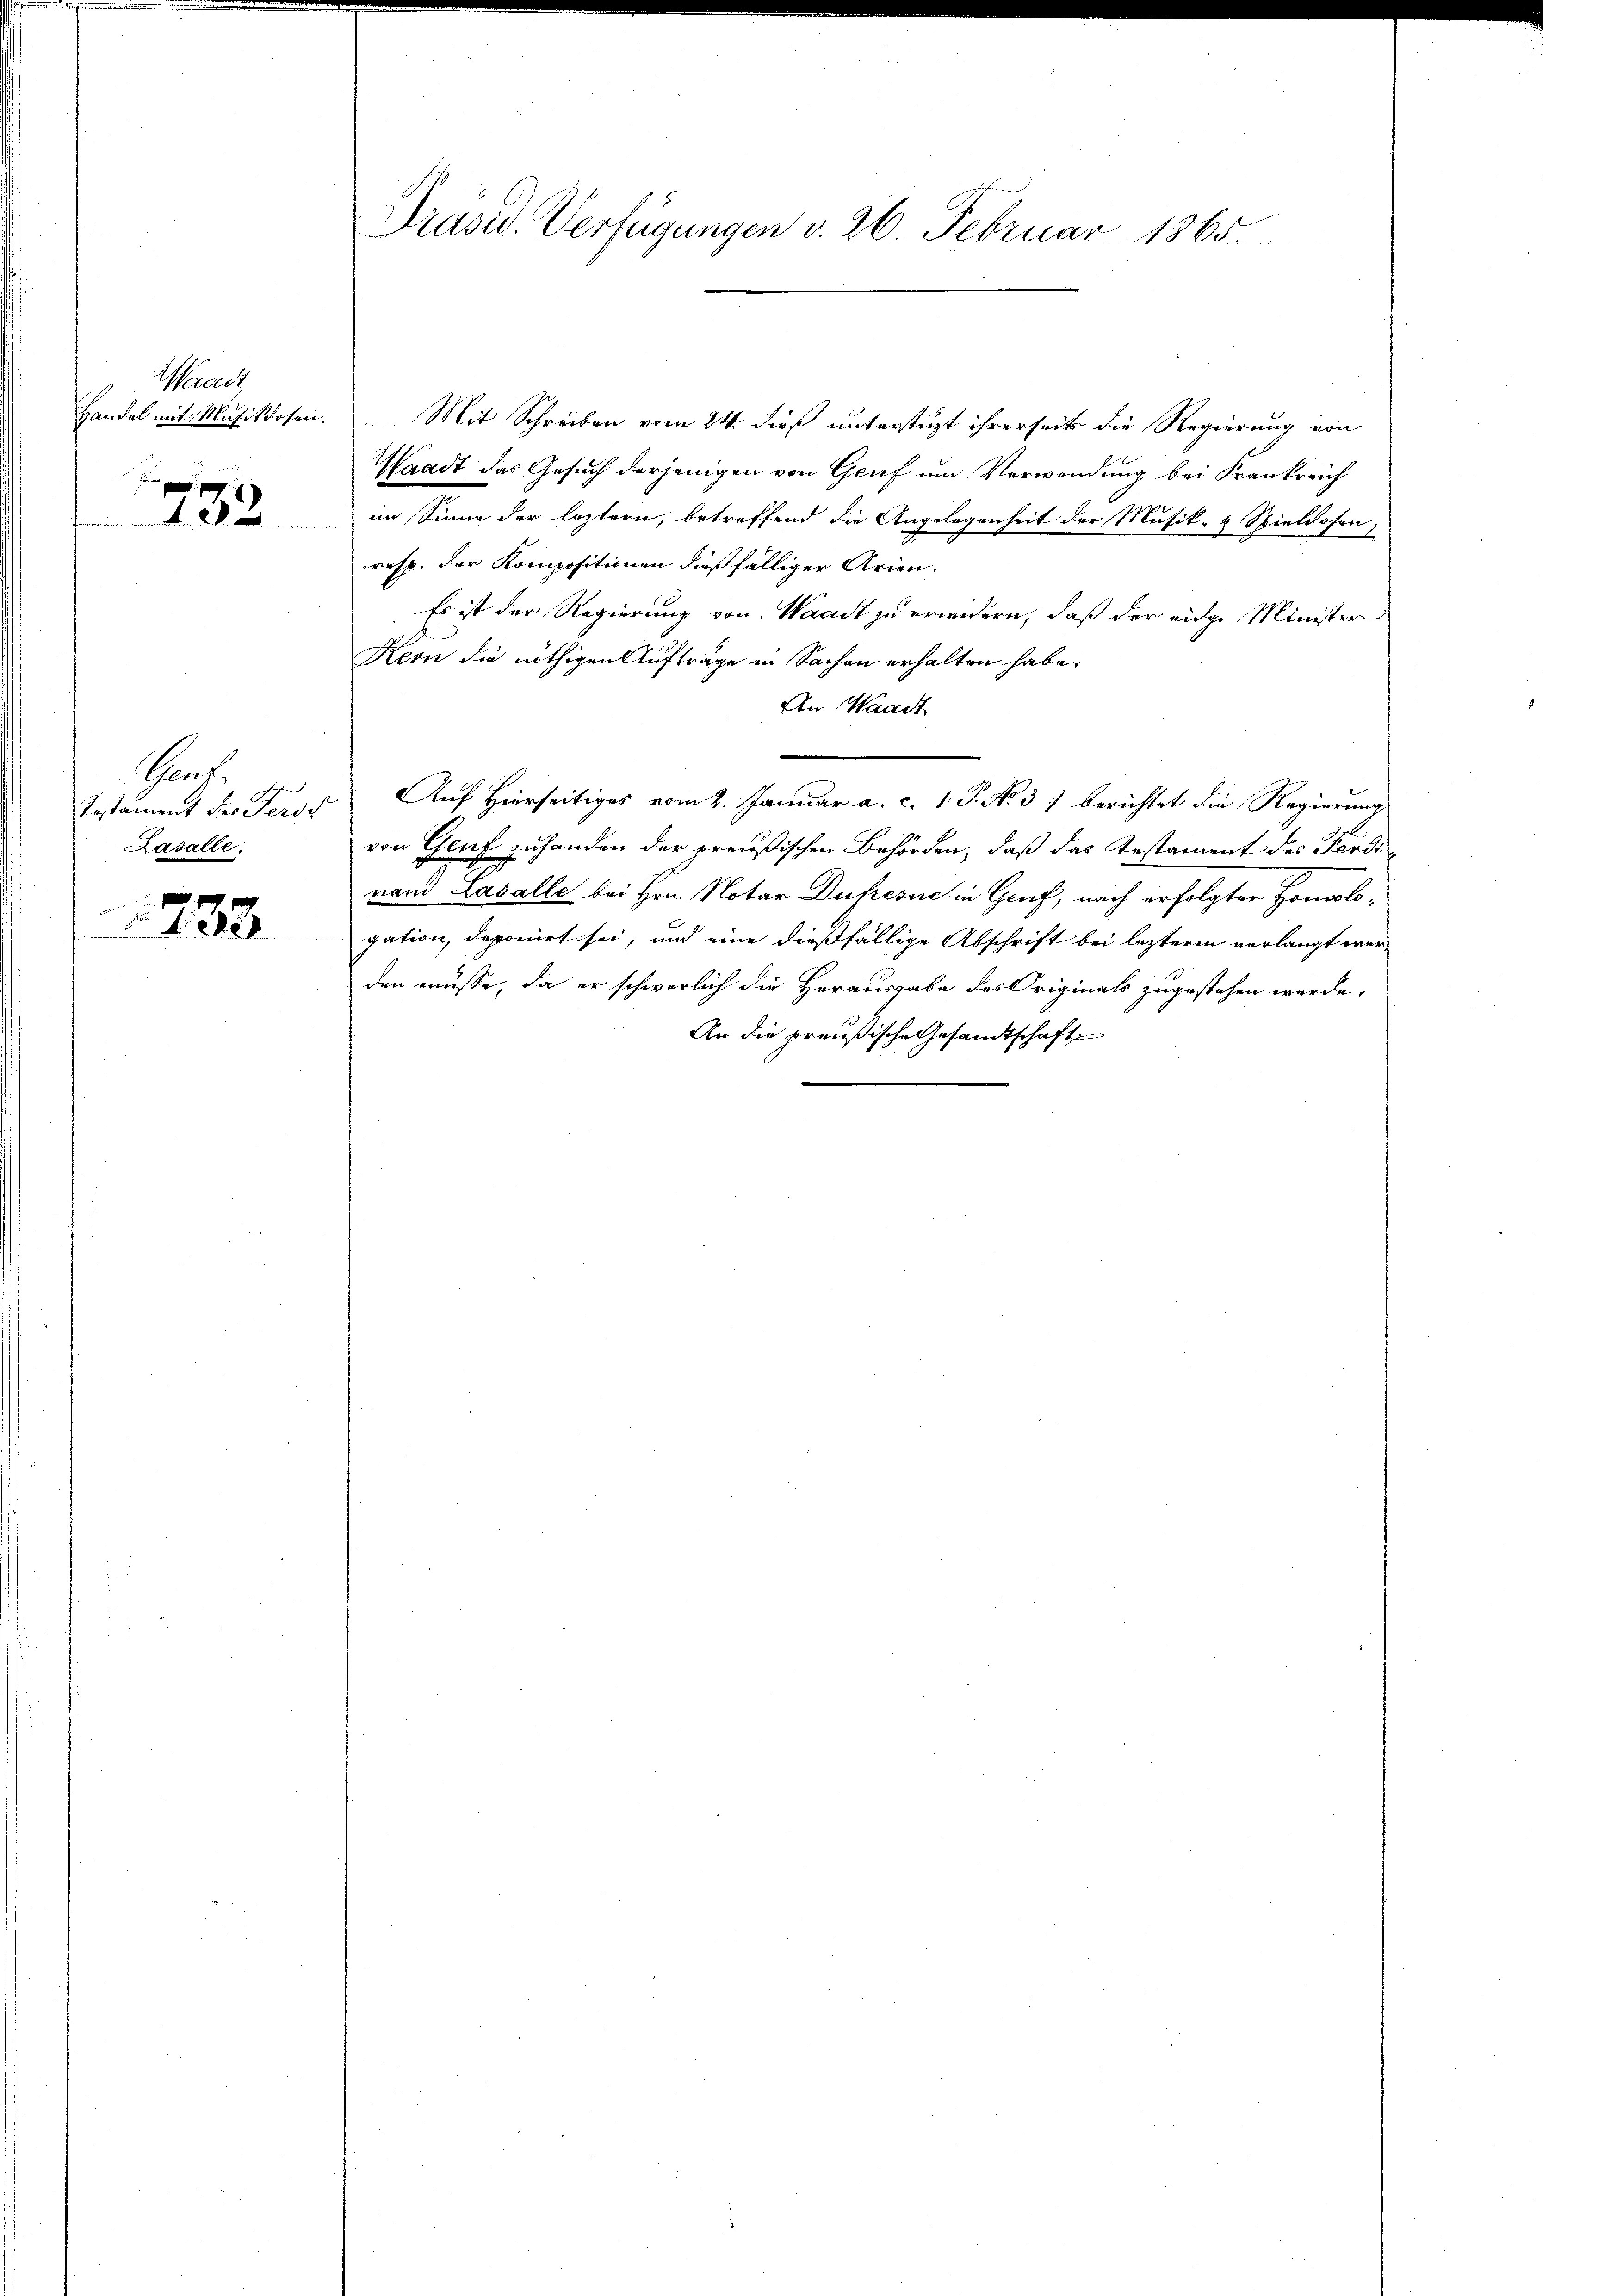
Waadt

733

Hanf
Testament der Peros
Kasalle.

1733

Präsid. Verfügungen v. 26. Februar 1865.

Handel mit Musiklosen. Mit Schreiben vom 24. dieß unterstüzt ihrerseits die Regierung von
Waadt das Gesuch derjenigen von Genf um Verwendung bei Frankreich
im Sinne der leztern, betreffend die Angelegenheit der Musik- & Spiellosen,
resp. der Kompositionen dießfälliger Arien.
Es ist der Regierung von: Waadt zu erwidern, daß der eidge Minister
Kern die nöthigen Aufträge in Sachen erhalten habe.
An Waadt
Auf Hierseitiges vom 2. Januar a. c. 1. P. No. 37 berichtet die Regierung
von Gluf zuhanden der preußischen Behörden, daß das Testament des Ferdinand Lavalle bei Hrn. Notar Dufresne in Genf, nach erfolgter Homologation, deponirt sei, und eine dießfällige Abschrift bei lezterm verlangt werden müsse, da er schwerlich die Herausgabe des Originals zugestehen werde,
An die preußische Gesandtschaft